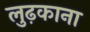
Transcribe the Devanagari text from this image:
लुढ़काना